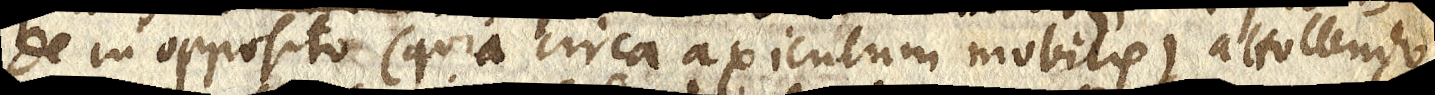
de in opposito (quia circa axiculum mobilis) attolendo